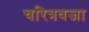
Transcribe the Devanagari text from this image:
चरित्रवजा